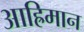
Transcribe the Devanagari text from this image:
आह्रिमान